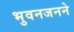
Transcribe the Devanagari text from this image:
भुवनजनने